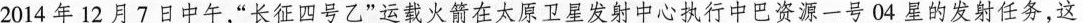
2 0 1 4年1 2月7日中午，“长征四号乙”运载火箭在太原卫星发射中心执行中巴资源一号0 4星的发射任务，这